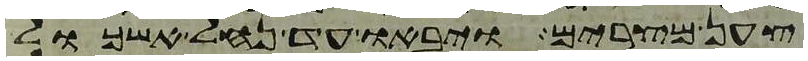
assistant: צען מצרים ויבאו עד נחל אשכול